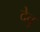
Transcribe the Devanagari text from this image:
देवु